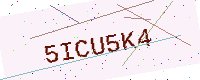
Text: 5ICU5K4